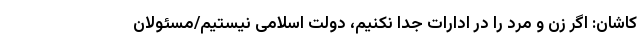
کاشان: اگر زن و مرد را در ادارات جدا نکنیم، دولت اسلامی نیستیم/مسئولان